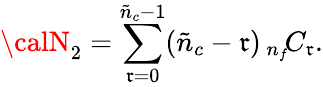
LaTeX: {\calN}_{2}=\sum_{\mathfrak{r}=0}^{\tilde{{n}}_{c}-1}(\tilde{{n}}_{c}-\mathfrak{r})\, {}_{n_{f}}\! C_{\mathfrak{r}}.